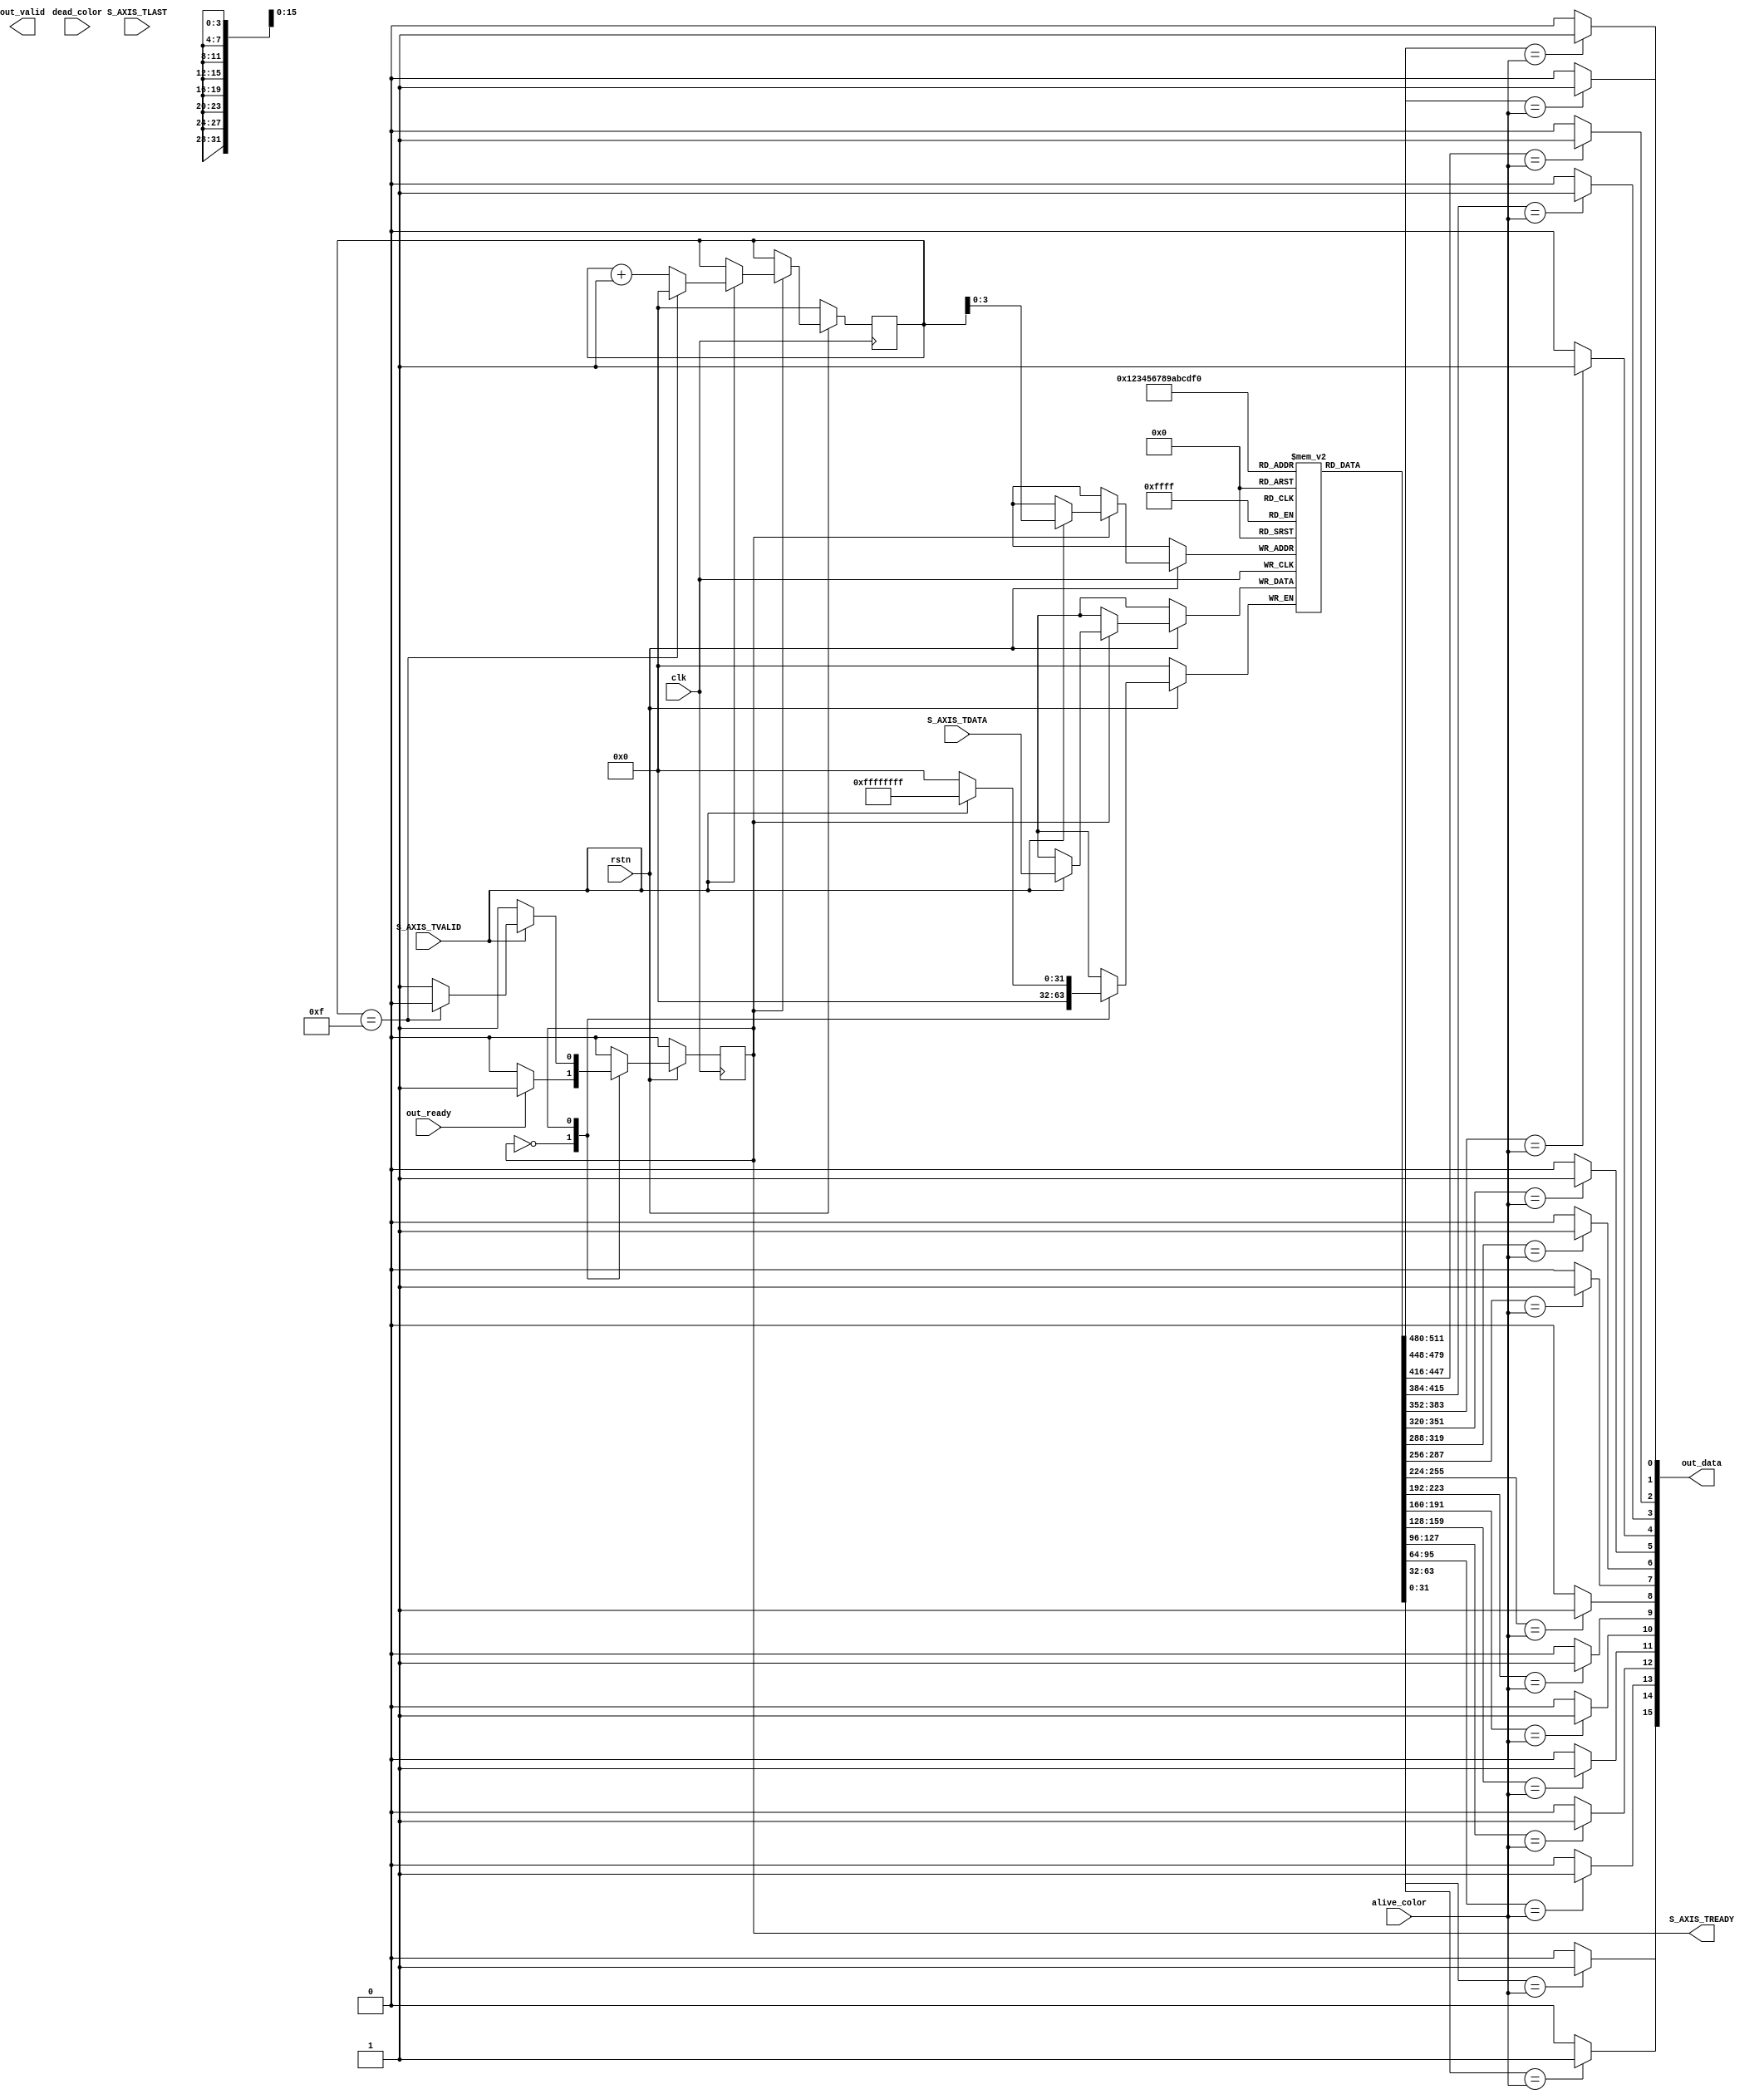
module axis2buffer #(
    parameter DWIDTH = 32,
    parameter WIDTH = 4,
    parameter HEIGHT = 4
)( 
    // Control signals
    clk,
    rstn,

    // Color conversion signals
    alive_color,
    dead_color,
    
    // AXIS Connection
    S_AXIS_TDATA,
    S_AXIS_TVALID,
    S_AXIS_TREADY,
    S_AXIS_TLAST,
    
    // Output to conware computation
    out_data,
    out_valid,
    out_ready
);

    // Port descriptions
    input clk;
    input rstn;

    input [DWIDTH-1:0] alive_color;
    input [DWIDTH-1:0] dead_color;

    input [DWIDTH-1:0] S_AXIS_TDATA;
    input S_AXIS_TVALID;
    input S_AXIS_TLAST;
    output S_AXIS_TREADY;

    output [WIDTH*HEIGHT-1:0] out_data;
    output out_valid;
    input out_ready;

    // State params
    reg state;
    localparam Wait = 0;
    localparam Read = 1;

    // Internal values
    reg [DWIDTH - 1:0] buffer [WIDTH*HEIGHT-1:0];
    reg [31:0] counter;

    assign S_AXIS_TREADY = (state == Read);

    // Read state machine
    always @(posedge clk) begin
        if (!rstn) begin
            counter <= 32'h00000000;
            state <= Wait;
        end else begin
            case (state)
            Wait: begin
                if (out_ready) begin
                    state <= Read;
                end else begin
                    state <= Wait;

                end
            end
            Read: begin
                
                if (S_AXIS_TVALID == 1) begin
                    buffer[counter] <= S_AXIS_TDATA;
                    if (counter == WIDTH*HEIGHT-1) begin
                        counter <= 0;
                        state <= Wait;
                    end else begin
                        counter <= counter + 1;
                    end

                end else begin
                    counter <= counter;
                end

            end
            endcase
        end
    end

    // Color conversion to binary values because Veriloc can't pass 2D arrays as I/O
    genvar i;
    generate 
        for (i = 0; i < WIDTH*HEIGHT; i=i+1) begin : converter_block
            assign out_data[i] = (buffer[i] == alive_color)? 1'b1 : 1'b0;
        end
    endgenerate
endmodule